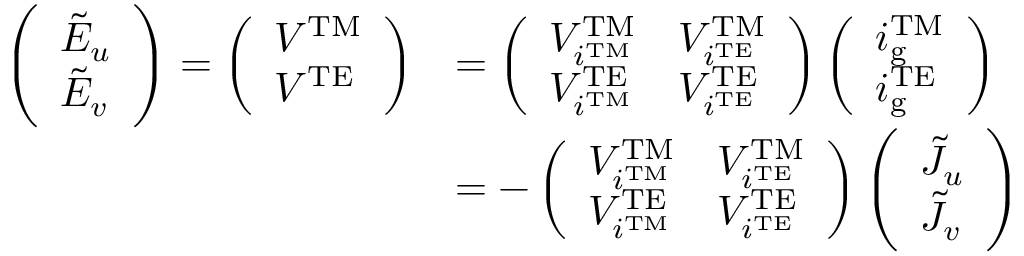
\begin{array} { r l } { \left( \begin{array} { l } { \tilde { E } _ { u } } \\ { \tilde { E } _ { v } } \end{array} \right) = \left( \begin{array} { l } { V ^ { \mathrm { T M } } } \\ { V ^ { \mathrm { T E } } } \end{array} \right) } & { = \left( \begin{array} { l l } { V _ { i ^ { \mathrm { T M } } } ^ { \mathrm { T M } } } & { V _ { i ^ { \mathrm { T E } } } ^ { \mathrm { T M } } } \\ { V _ { i ^ { \mathrm { T M } } } ^ { \mathrm { T E } } } & { V _ { i ^ { \mathrm { T E } } } ^ { \mathrm { T E } } } \end{array} \right) \left( \begin{array} { l } { i _ { \mathrm { g } } ^ { \mathrm { T M } } } \\ { i _ { \mathrm { g } } ^ { \mathrm { T E } } } \end{array} \right) } \\ & { = - \left( \begin{array} { l l } { V _ { i ^ { \mathrm { T M } } } ^ { \mathrm { T M } } } & { V _ { i ^ { \mathrm { T E } } } ^ { \mathrm { T M } } } \\ { V _ { i ^ { \mathrm { T M } } } ^ { \mathrm { T E } } } & { V _ { i ^ { \mathrm { T E } } } ^ { \mathrm { T E } } } \end{array} \right) \left( \begin{array} { l } { \tilde { J } _ { u } } \\ { \tilde { J } _ { v } } \end{array} \right) } \end{array}